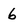
Character: 6